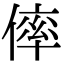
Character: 𠌭